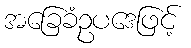
အခြေခံဥပဒေဖြင့်